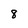
Character: 8